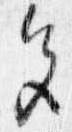
色